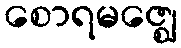
စောရမဇ္ဈေ